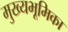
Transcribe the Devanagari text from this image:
मुख्यभूमिका